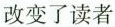
改变了读者